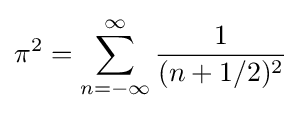
\pi ^{2}=\sum _{n=-\infty }^{\infty }{\frac {1}{(n+1/2)^{2}}}